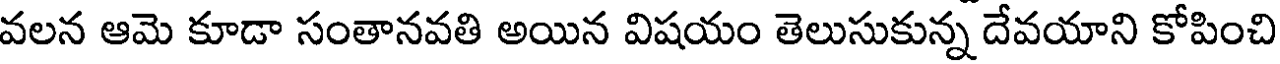
వలన ఆమె కూడా సంతానవతి అయిన విషయం తెలుసుకున్న దేవయాని కోపించి